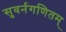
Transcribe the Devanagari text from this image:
सुवर्नगणितम्